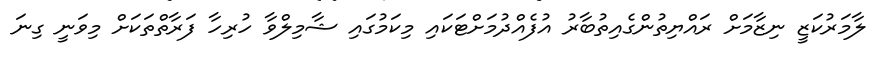
ލާމަރުކަޒީ ނިޒާމަށް ރައްޔިތުންގެއިތުބާރު އުފެއްދުމަށްޓަކައި މިކަމުގައި ޝާމިލްވާ ހުރިހާ ފަރާތްތަކަށް މިވަނީ ގިނަ